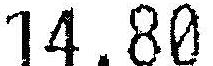
14.80